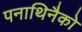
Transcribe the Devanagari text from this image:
पनाथिनैको